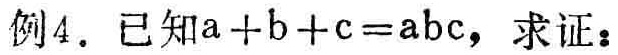
例4. 已知\(a + b + c = abc\)，求证：